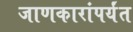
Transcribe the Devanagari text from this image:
जाणकारांपर्यंत